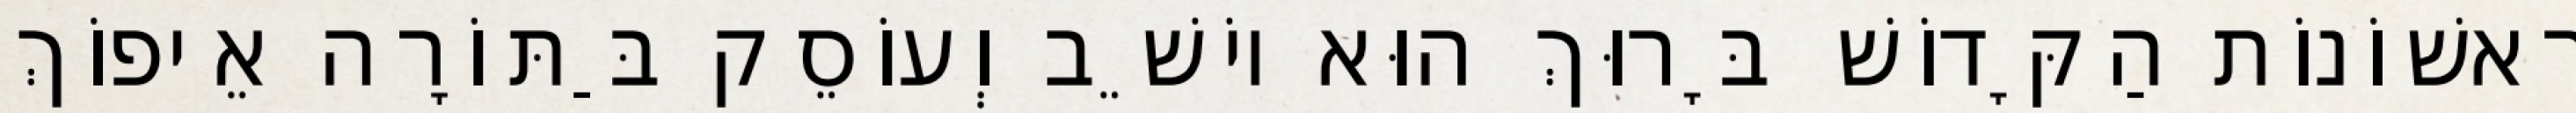
רִאשׁוֹנוֹת הַקָּדוֹשׁ בָּרוּךְ הוּא יוֹשֵׁב וְעוֹסֵק בַּתּוֹרָה אֵיפוֹךְ